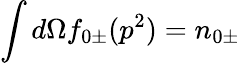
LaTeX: \int d\Omega f_{0\pm}(p^{2})=n_{0\pm}